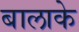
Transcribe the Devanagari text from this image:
बालाके